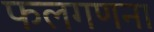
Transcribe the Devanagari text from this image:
फलगणना